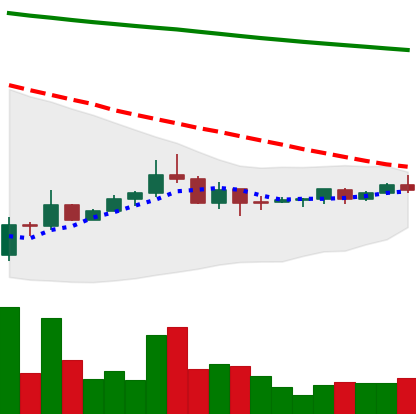
Ticker: DOGE-USD
Chart end date: 2022-07-08
Forward return: -10.546%
Label: down_7plus